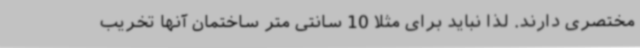
مختصری دارند. لذا نباید برای مثلا 10 سانتی متر ساختمان آنها تخریب